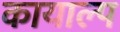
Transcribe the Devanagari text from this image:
कायाल्प